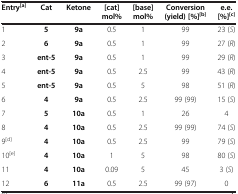
<table><thead><tr><td><b>Entry<sup>[a]</sup></b></td><td><b>Cat</b></td><td><b>Ketone</b></td><td><b>[cat] mol%</b></td><td><b>[base] mol%</b></td><td><b>Conversion (yield) [%]<sup>[b]</sup></b></td><td><b>e.e. [%]<sup>[c]</sup></b></td></tr></thead><tbody><tr><td>1</td><td><b>5</b></td><td><b>9a</b></td><td>0.5</td><td>1</td><td>99</td><td>23 (<i>S</i>)</td></tr><tr><td>2</td><td><b>6</b></td><td><b>9a</b></td><td>0.5</td><td>1</td><td>99</td><td>27 (<i>R</i>)</td></tr><tr><td>3</td><td><b>ent-5</b></td><td><b>9a</b></td><td>0.5</td><td>1</td><td>99</td><td>29 (<i>R</i>)</td></tr><tr><td>4</td><td><b>ent-5</b></td><td><b>9a</b></td><td>0.5</td><td>2.5</td><td>99</td><td>43 (<i>R</i>)</td></tr><tr><td>5</td><td><b>ent-5</b></td><td><b>9a</b></td><td>0.5</td><td>5</td><td>98</td><td>51 (<i>R</i>)</td></tr><tr><td>6</td><td><b>4</b></td><td><b>9a</b></td><td>0.5</td><td>2.5</td><td>99 (99)</td><td>15 (<i>S</i>)</td></tr><tr><td>7</td><td><b>5</b></td><td><b>10a</b></td><td>0.5</td><td>1</td><td>26</td><td>4</td></tr><tr><td>8</td><td><b>4</b></td><td><b>10a</b></td><td>0.5</td><td>2.5</td><td>99 (99)</td><td>74 (<i>S</i>)</td></tr><tr><td>9<sup>[d]</sup></td><td><b>4</b></td><td><b>10a</b></td><td>0.5</td><td>2.5</td><td>99</td><td>79 (<i>S</i>)</td></tr><tr><td>10<sup>[e]</sup></td><td><b>4</b></td><td><b>10a</b></td><td>1</td><td>5</td><td>98</td><td>80 (<i>S</i>)</td></tr><tr><td>11</td><td><b>4</b></td><td><b>10a</b></td><td>0.09</td><td>5</td><td>45</td><td>3 (<i>S</i>)</td></tr><tr><td>12</td><td><b>6</b></td><td><b>11a</b></td><td>0.5</td><td>2.5</td><td>99 (97)</td><td>0</td></tr></tbody></table>